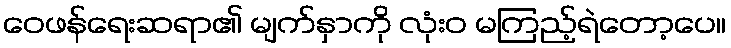
ဝေဖန်ရေးဆရာ၏ မျက်နှာကို လုံးဝ မကြည့်ရဲတော့ပေ။